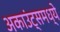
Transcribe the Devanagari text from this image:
अकाउंट्समध्ये